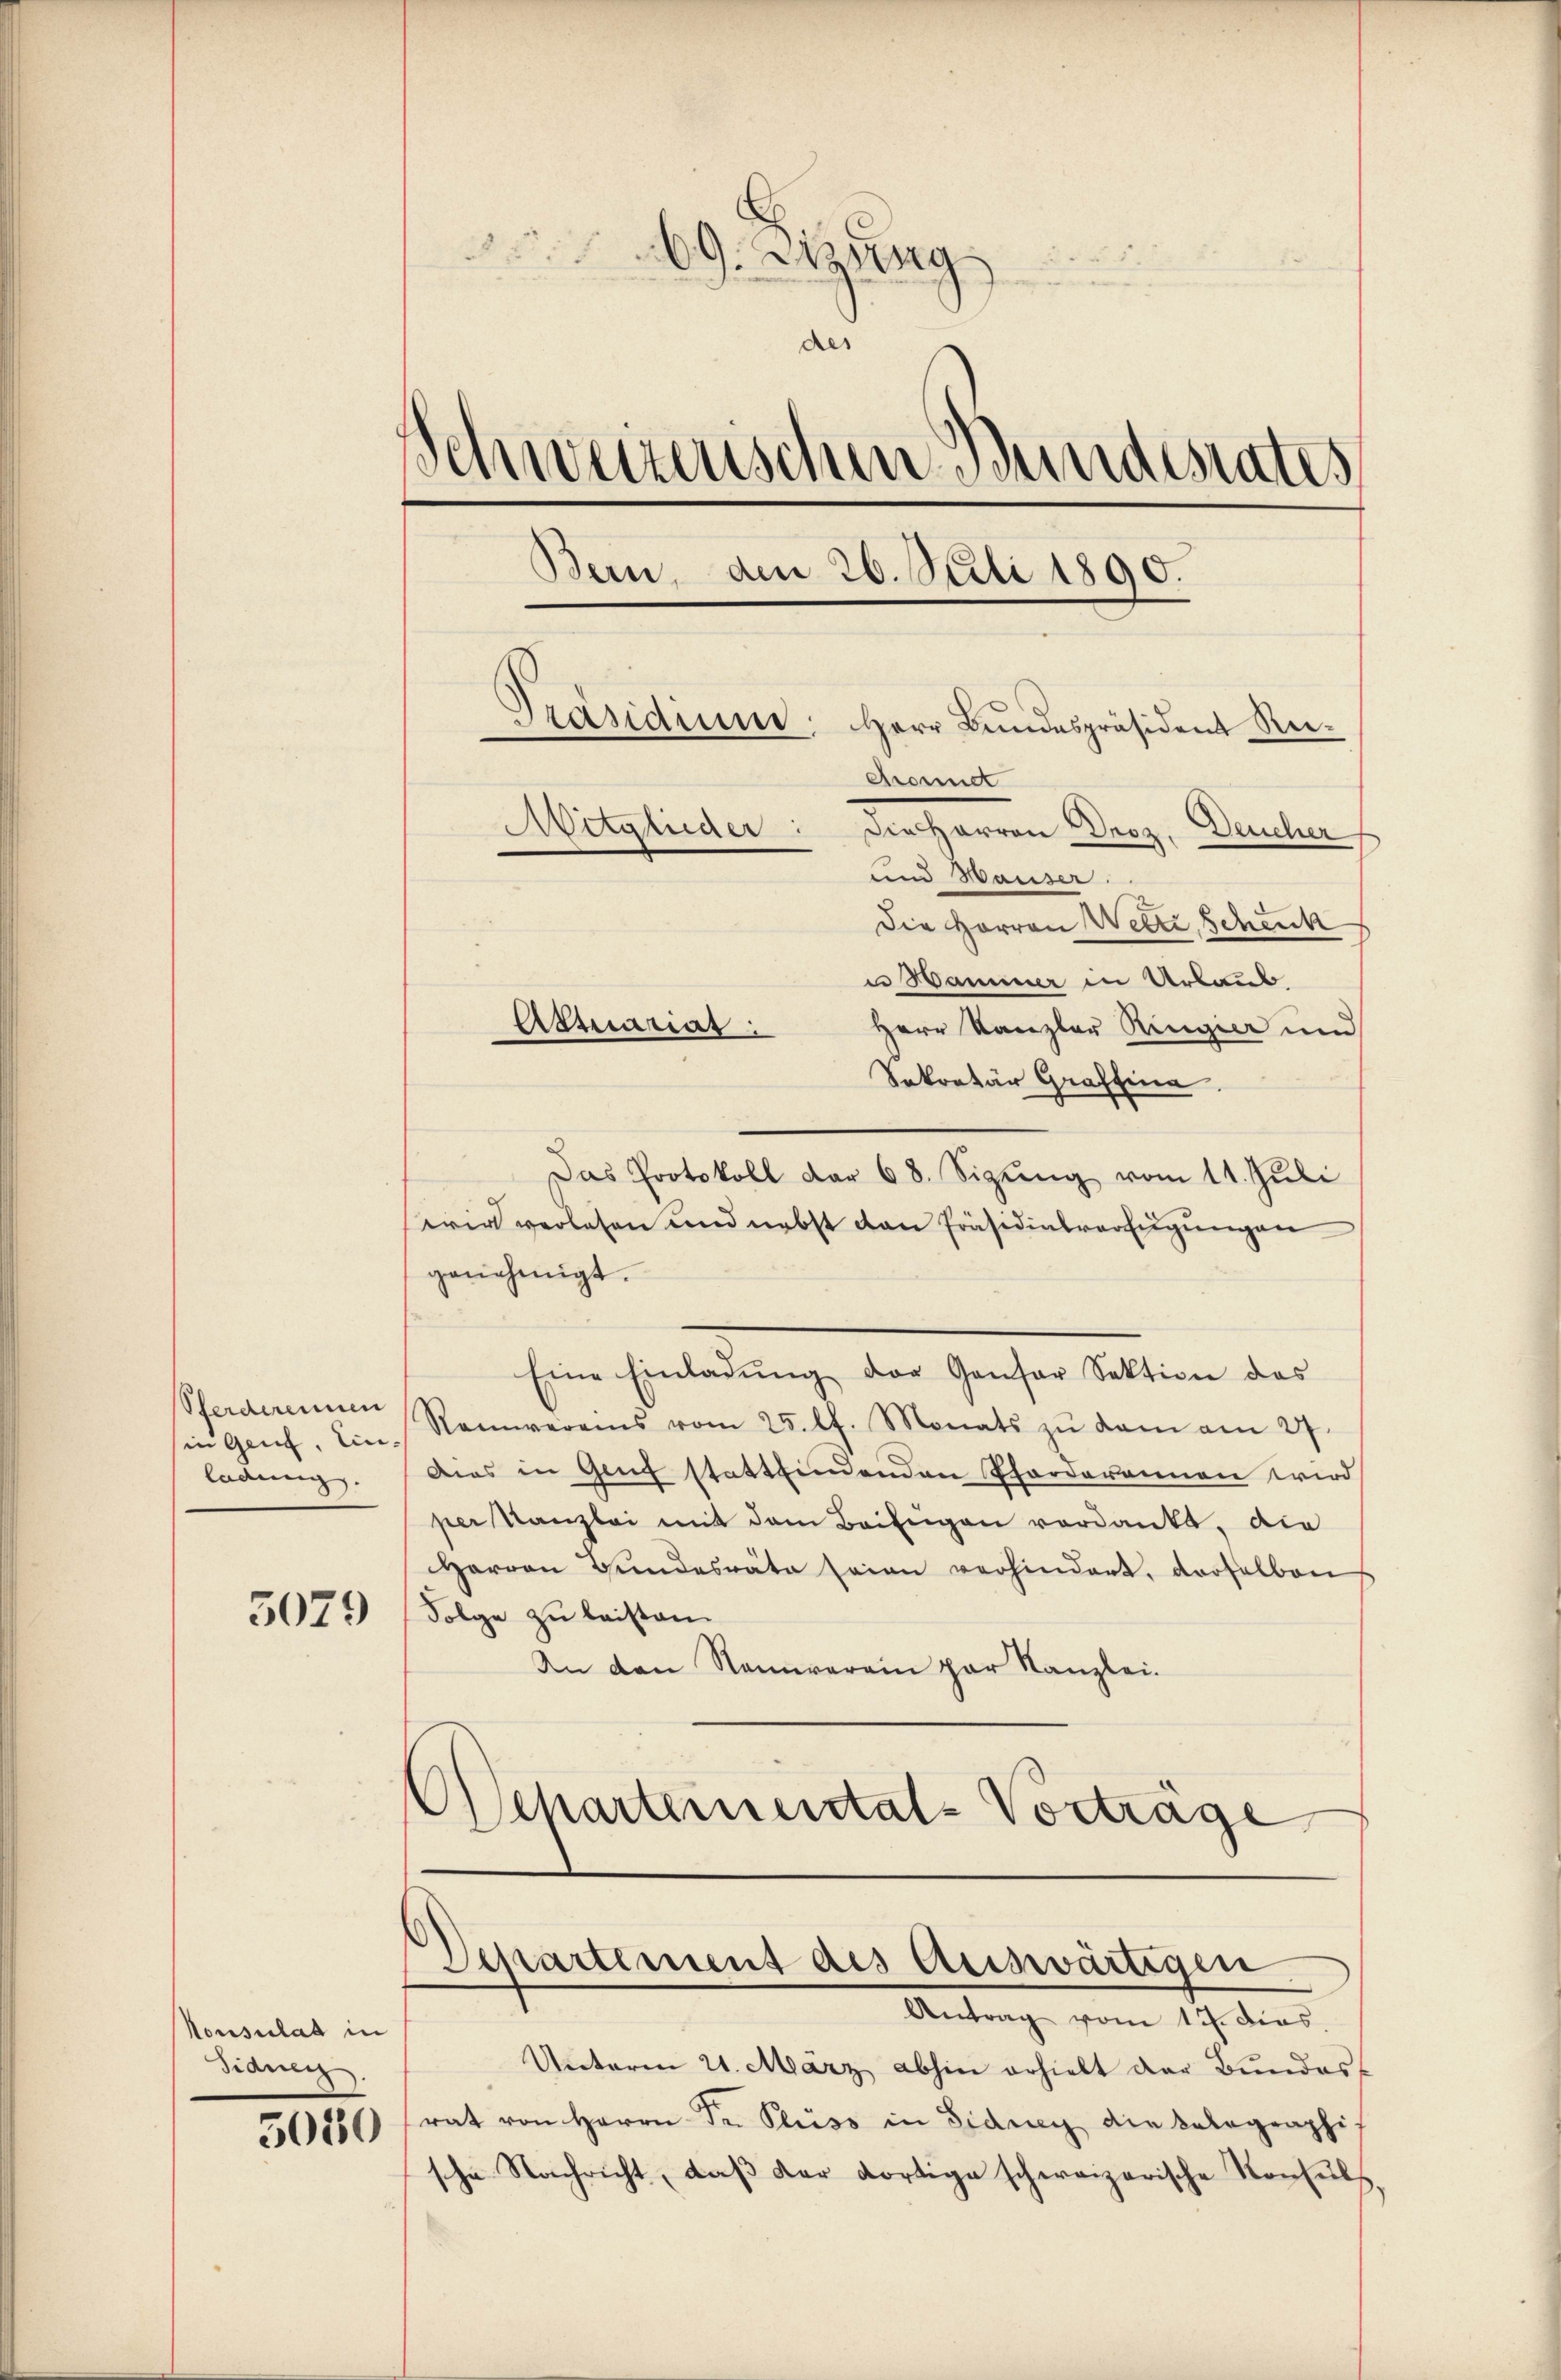
in Genf, Ein-
ladung. |

Nonsulat in
Siduen.

5080

69. Aug
u
des
Schweizerischen Bundesrates
Bern, den 26. Neuli 1890.
e
Präsidium. Herr Bundespräsident Ker¬
Chonnet
Mitglieder: Die Herren Droz, Deucher
und Waiser.

Die Herren Wette scheick
u Hammer in Urlaub
Herr Kanzler Ringier und
Sekretär Graffina
Das Protokoll dar 68. Sizŭng vom 11. Juli
wir verlesen und nebst dan Präsidialverfügungen
genehmigt.
Eine Einladŭng der Gansor Sektion das
Pferderenen Ramereins vom 25. lt. Monats zŭ dem am 27.
Dies in Genf stattfindenden Pforderannen wird
per Kanzlei mit dem Beifügen verdankt, die
harren Bŭndesräte seine verhindert, verselben
3073) Folge zu leisten.
An den Namwerein par Kanzlei.
Aseparteinental-Vorträge

Atmariar:

Unterm 21. März abhin erhielt der Bundes-
rat von Herrn Dr. Fluss in Sidry die kolographis
sche Nachricht, daß der dortige schweizerische Konsuls

Departement des Auswärtigen
Antrag vom 17. dies